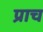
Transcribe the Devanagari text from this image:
प्राच